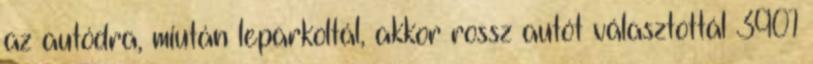
az autódra, miután leparkoltál, akkor rossz autót választottál 3901